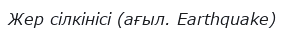
Жер сілкінісі (ағыл. Earthquake)